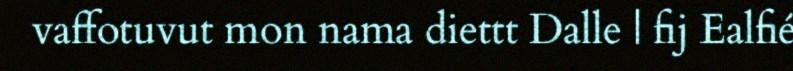
vaffotuvut mon nama diettt Dalle | fij Ealfié